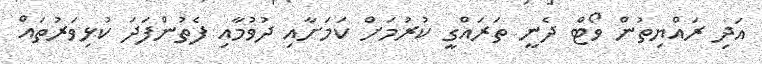
އަދި ރައްޔިތުން ވޯޓް ދެނީ ތަރައްގީ ކުރުމަށް ކަމަށާއި ދުވުމާއި ފެތުންފަދަ ކުޅިވަރުތައް